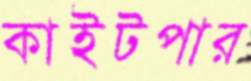
কাইটপার